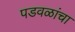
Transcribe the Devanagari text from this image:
पडवळांचा